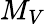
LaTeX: M_{V}